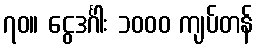
၇၀။ ငွေဒင်္ဂါး ၁၀၀၀ ကျပ်တန်